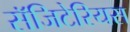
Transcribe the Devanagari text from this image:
सॅजिटेरियस